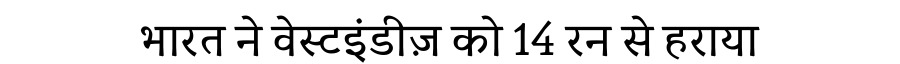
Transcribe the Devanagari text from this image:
भारत ने वेस्टइंडीज़ को 14 रन से हराया